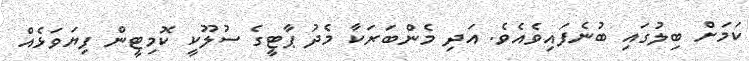
ކަމަށް ބިލުގައި ބުނެފައިވެއެވެ. އަދި މެންބަރަކާ މެދު ޕާޓީގެ ސުލޫކީ ކޮމިޓީން ފިޔަވަޅެއް